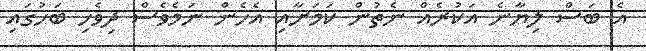
އެ ބަސް ލިޔާނެ އަކުރެއް ނެތުން ކަމަށާއި އެހެން ނަަމެވެސް ދިވެހި ބަހުގައި